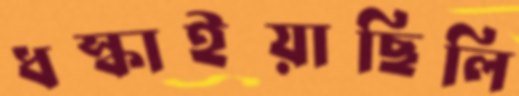
ধস্‌কাইয়াছিলি